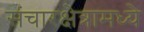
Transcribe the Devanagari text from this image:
संचारक्षेत्रामध्ये